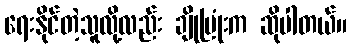
ရေးနိုင်တဲ့သူလို့လည်း ချိုပြုံးက ဆိုပါတယ်။